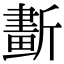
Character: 𣃂